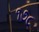
૧૭૮